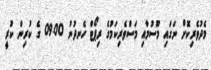
މެދުވެރިކޮށް ނަގައި މޫސުމާއި މަސްވެރިކަމުގެ ރިޕޯޓް ހެނދުނު 09.00 ގެ ކުރިން ކުރީ